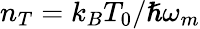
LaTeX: n_{T}=k_{B}T_{0}/\hslash\omega_{m}